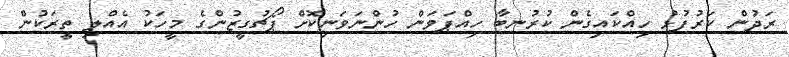
ރަދުން ކަރުފުޅު ހިއްކައިގެން ކުރުނބާ ހިއްޕަވަން ހުންނަވަނިކޮށް ޕޯޗުގީޒުންގެ މީހަކު އެއްލި ތީރަކުން